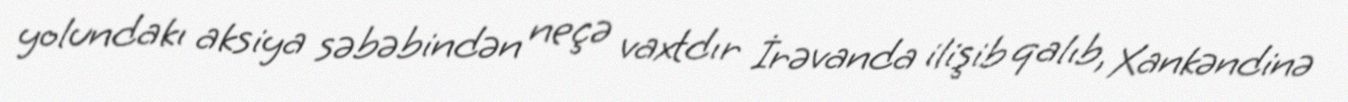
yolundakı aksiya səbəbindən neçə vaxtdır İrəvanda ilişib qalıb, Xankəndinə